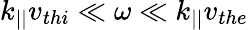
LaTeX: k_{||}v_{thi}\ll\omega\ll k_{||}v_{the}